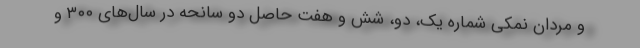
و مردان نمکی شماره یک، دو، شش و هفت حاصل دو سانحه در سال‌های ۳۰۰ و